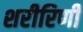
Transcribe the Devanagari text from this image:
शरीरिणी